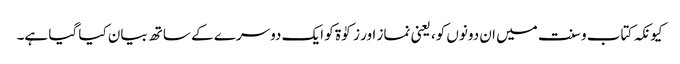
کیونکہ کتاب و سنت میں ان دونوں کو، یعنی نماز اور زکوٰۃ کو ایک دوسرے کے ساتھ بیان کیا گیا ہے۔